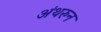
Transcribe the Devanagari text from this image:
अंथरुन